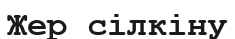
Жер сілкіну